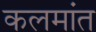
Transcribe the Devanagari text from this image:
कलमांत